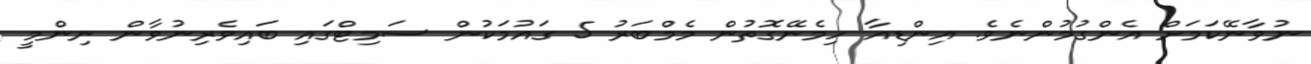
ނުވާނޭކަމަށް އެންގުމުންނެވެ. އިންޑިއާ ހިމެނޭގޮތުން މެމްބަރު 5 ގައުމަކުން ސަމިޓްގައި ބައިވެރިނުވާން ނިންމީ